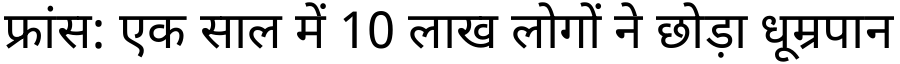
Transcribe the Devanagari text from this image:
फ्रांस: एक साल में 10 लाख लोगों ने छोड़ा धूम्रपान